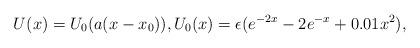
LaTeX: \begin{align*}U(x)= U_0(a(x-x_0)), U_0(x)= \epsilon(e^{-2x}-2e^{-x} + 0.01 x^2), \end{align*}